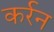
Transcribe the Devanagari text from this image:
कर्रन